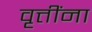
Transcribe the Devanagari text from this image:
वृत्तींना